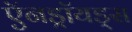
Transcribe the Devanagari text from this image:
ऍनड्रॉयड्स